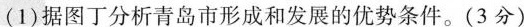
(1)据图丁分析青岛市形成和发展的优势条件。(3分)